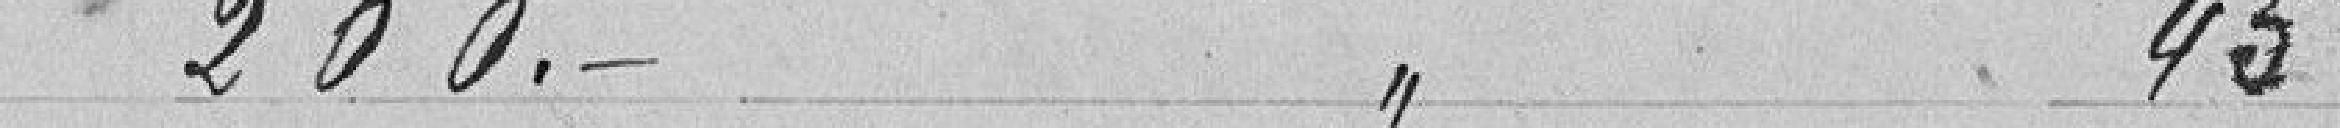
200. 45